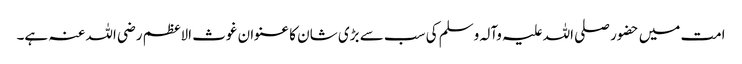
امت میں حضور صلی اللہ علیہ وآلہ وسلم کی سب سے بڑی شان کا عنوان غوث الاعظم رضی اللہ عنہ ہے۔